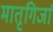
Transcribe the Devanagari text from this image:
मातृगिर्जा